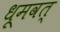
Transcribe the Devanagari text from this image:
धूमवत्